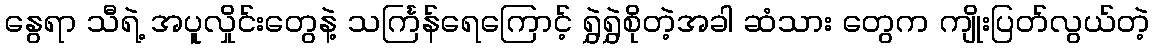
နွေရာ သီရဲ့ အပူလှိုင်းတွေနဲ့ သင်္ကြန်ရေကြောင့် ရွှဲရွှဲစိုတဲ့အခါ ဆံသား တွေက ကျိုးပြတ်လွယ်တဲ့